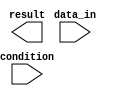
module Loop (
    input wire condition,
    input wire [7:0] data_in,
    output reg [7:0] result
);

always @(*) begin
    if (condition) begin
        // Specific set of statements to execute
        // Based on the condition
        // Add your code here
    end
end

endmodule